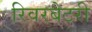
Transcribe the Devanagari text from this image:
रिवरबेटरी